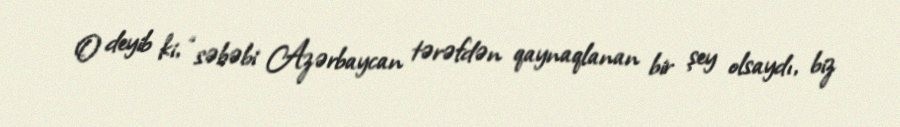
O deyib ki, “səbəbi Azərbaycan tərəfdən qaynaqlanan bir şey olsaydı, biz